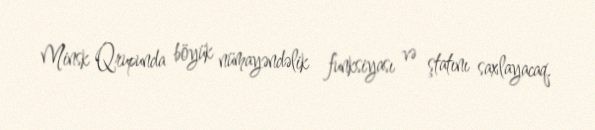
Minsk Qrupunda böyük nümayəndəlik funksiyası və ştatını saxlayacaq.